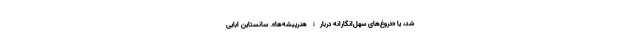
شد، یا «دروغ‌های سهل‌‌انگارانه دربارۀ هنرپیشه‌ها». سانستاین ابایی